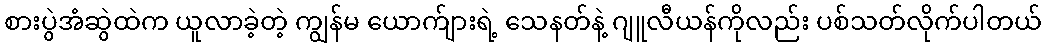
စားပွဲအံဆွဲထဲက ယူလာခဲ့တဲ့ ကျွန်မ ယောက်ျားရဲ့ သေနတ်နဲ့ ဂျူလီယန်ကိုလည်း ပစ်သတ်လိုက်ပါတယ်